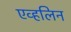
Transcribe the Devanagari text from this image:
एव्हलिन